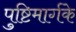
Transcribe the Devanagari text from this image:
पुष्टिमार्गके